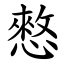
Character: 憗